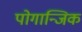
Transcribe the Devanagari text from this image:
पोगान्जिक